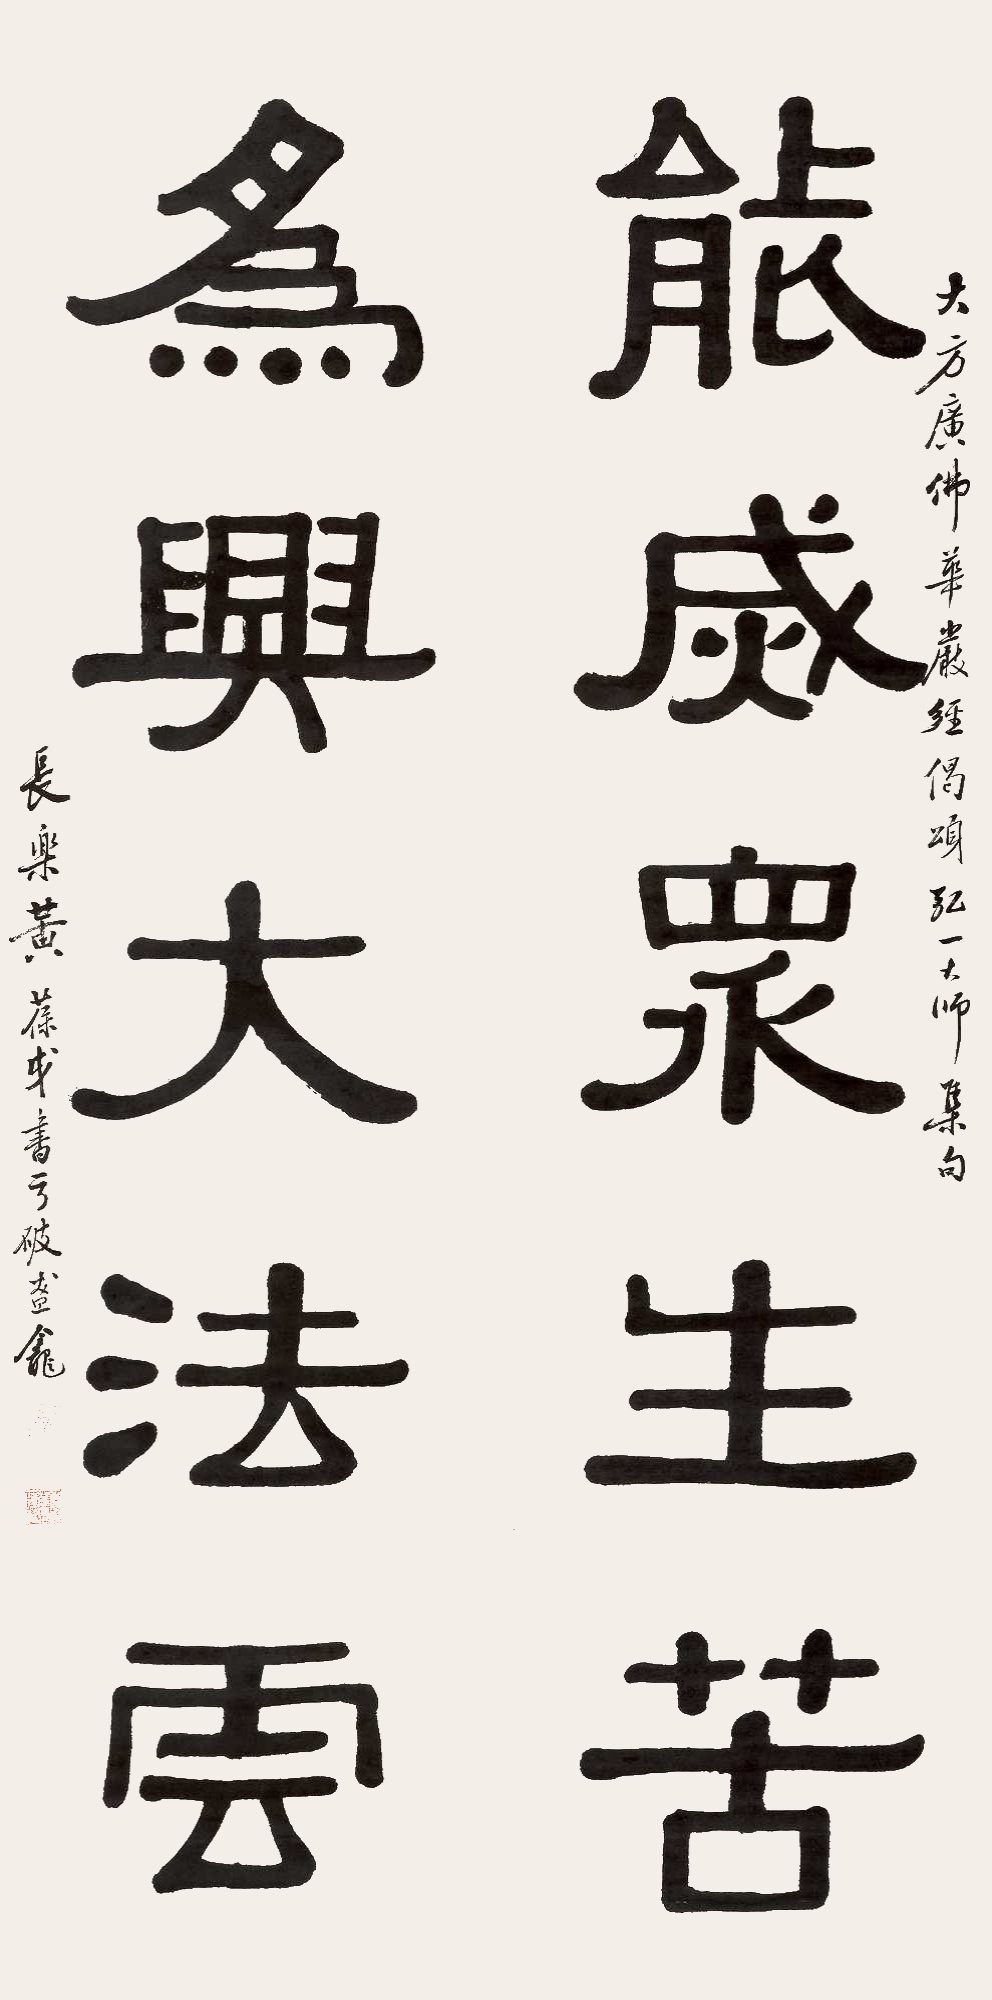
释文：能灭众生苦，为兴大法云大方广佛华严经偈颂，弘一大师集句。长乐黄葆戉书于破盔龛。